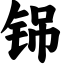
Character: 铞